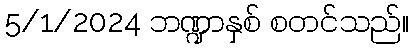
5/1/2024 ဘဏ္ဍာနှစ် စတင်သည်။